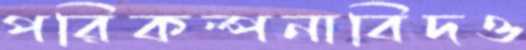
পরিকল্পনাবিদও